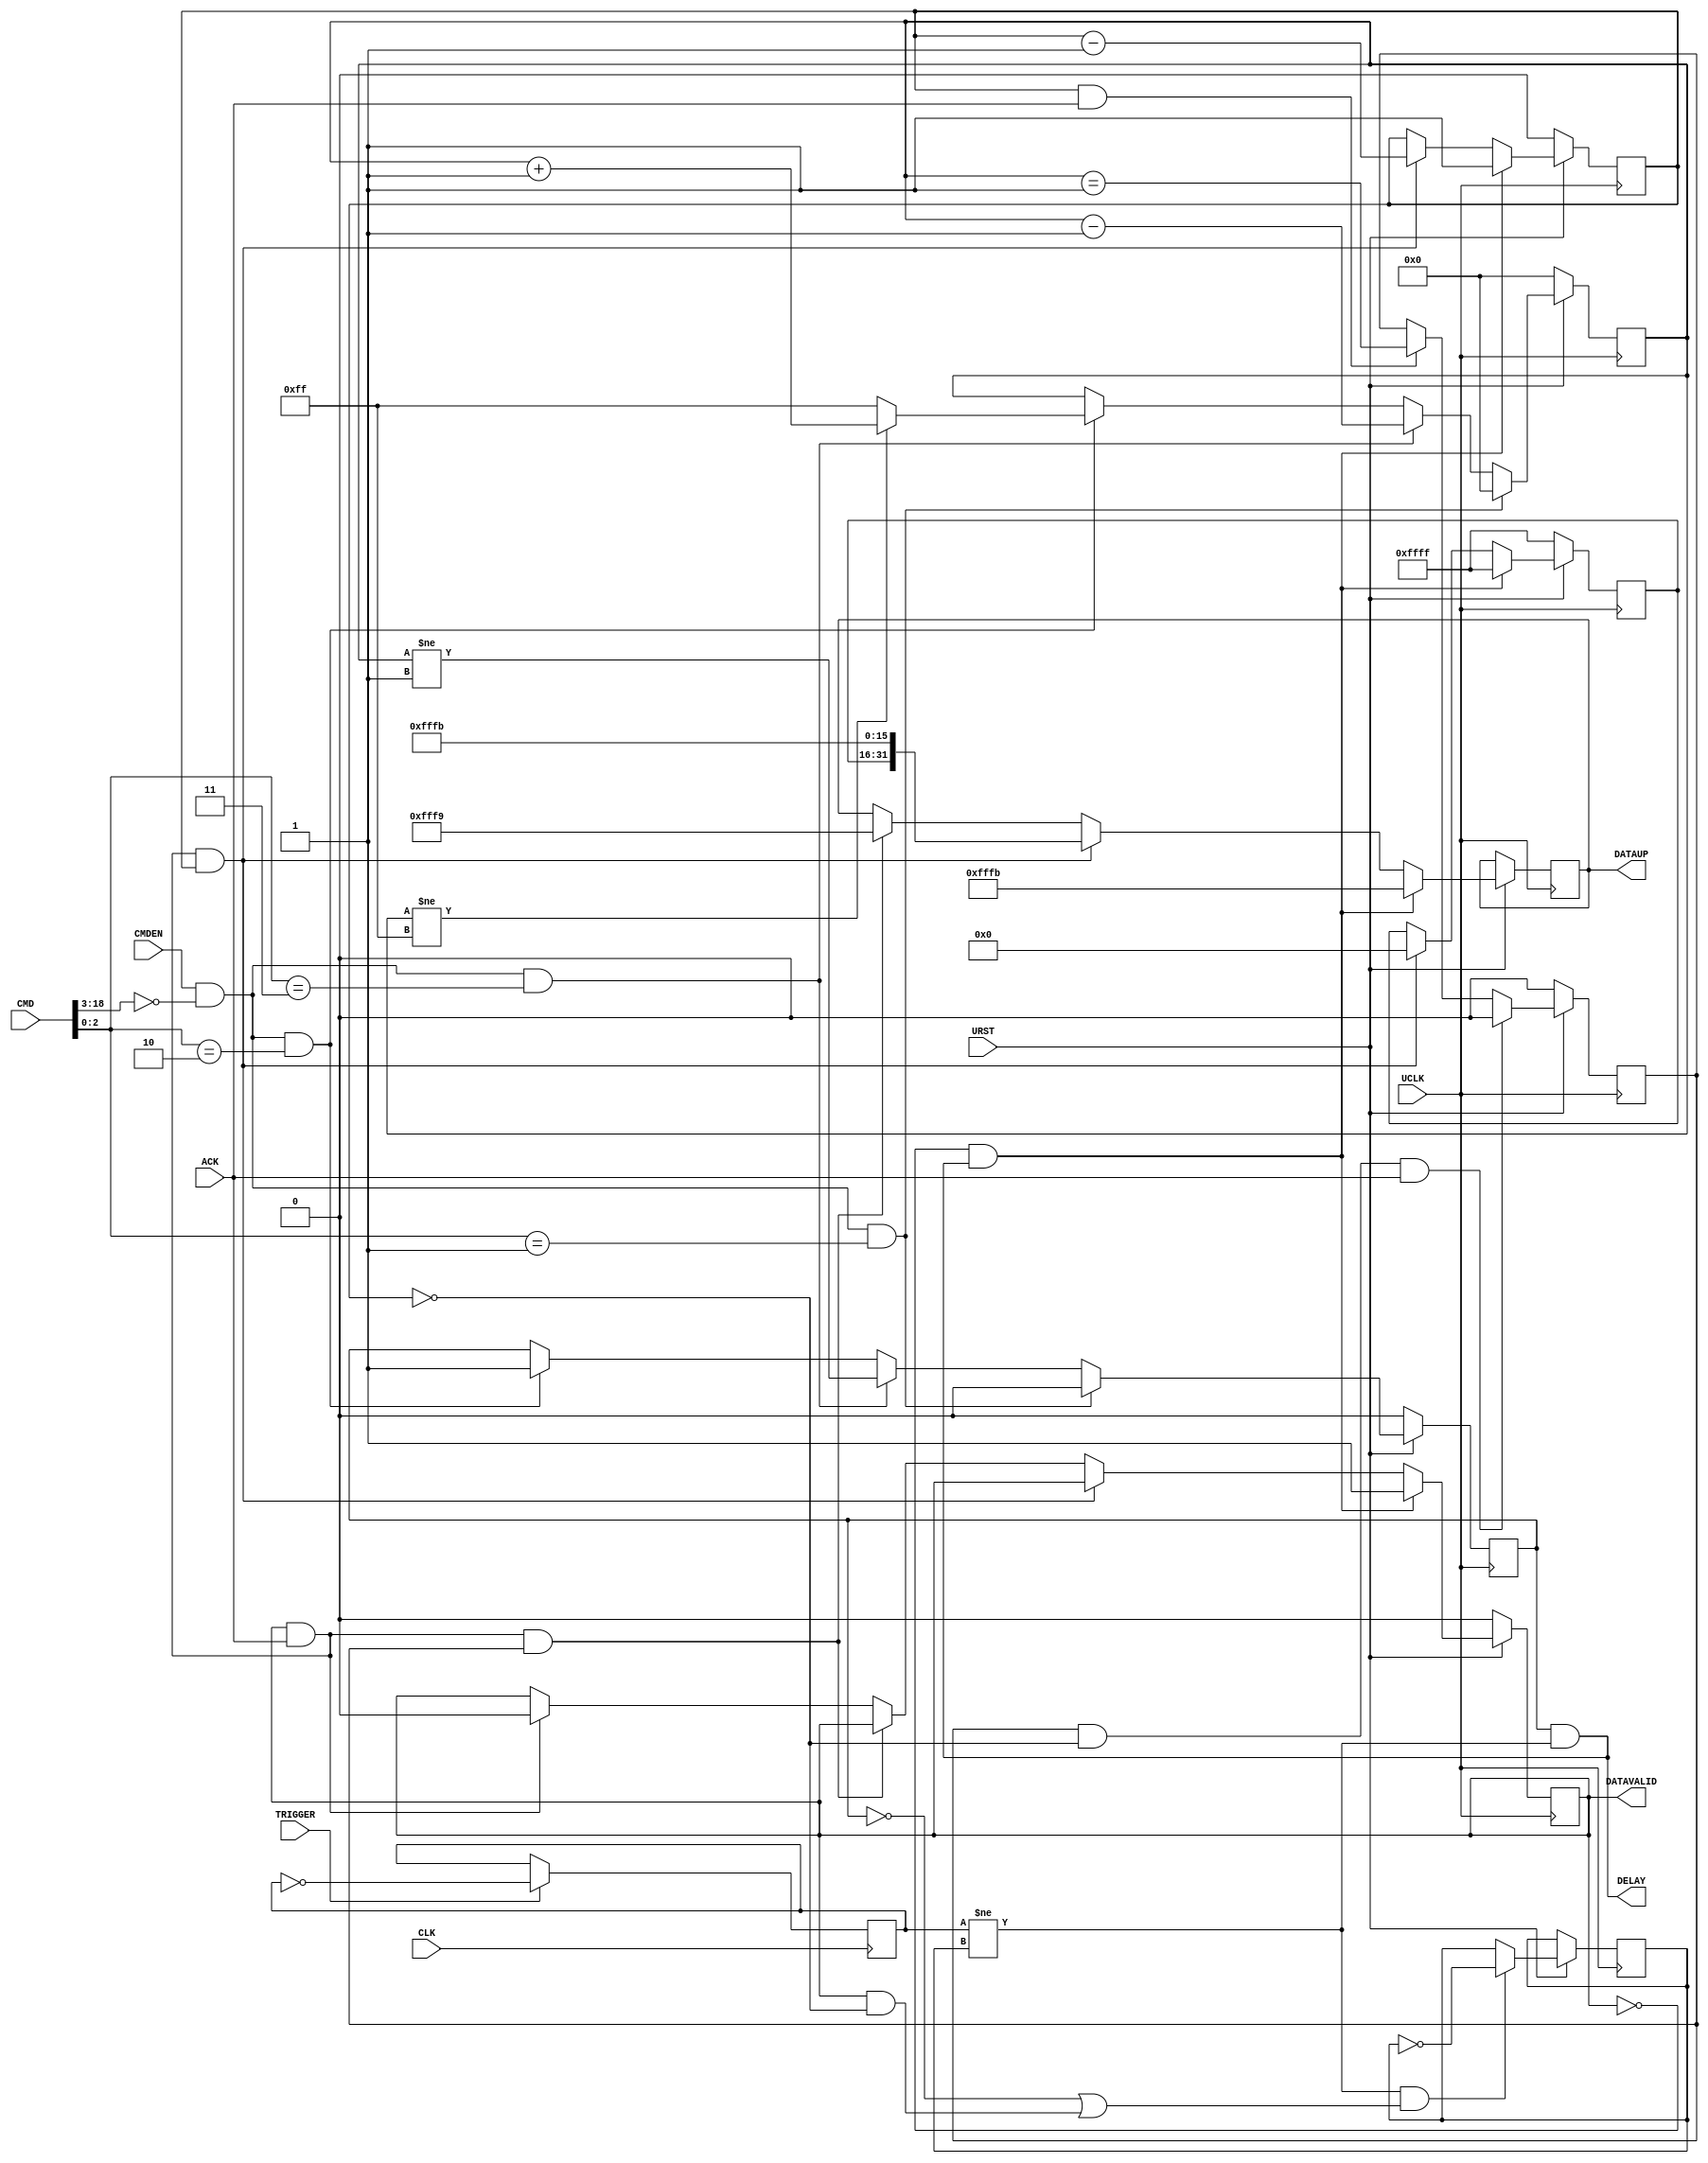

// Copyright (c) 2000-2012 Bluespec, Inc.

// Permission is hereby granted, free of charge, to any person obtaining a copy
// of this software and associated documentation files (the "Software"), to deal
// in the Software without restriction, including without limitation the rights
// to use, copy, modify, merge, publish, distribute, sublicense, and/or sell
// copies of the Software, and to permit persons to whom the Software is
// furnished to do so, subject to the following conditions:

// The above copyright notice and this permission notice shall be included in
// all copies or substantial portions of the Software.

// THE SOFTWARE IS PROVIDED "AS IS", WITHOUT WARRANTY OF ANY KIND, EXPRESS OR
// IMPLIED, INCLUDING BUT NOT LIMITED TO THE WARRANTIES OF MERCHANTABILITY,
// FITNESS FOR A PARTICULAR PURPOSE AND NONINFRINGEMENT. IN NO EVENT SHALL THE
// AUTHORS OR COPYRIGHT HOLDERS BE LIABLE FOR ANY CLAIM, DAMAGES OR OTHER
// LIABILITY, WHETHER IN AN ACTION OF CONTRACT, TORT OR OTHERWISE, ARISING FROM,
// OUT OF OR IN CONNECTION WITH THE SOFTWARE OR THE USE OR OTHER DEALINGS IN
// THE SOFTWARE.
//
// $Revision: 29441 $
// $Date: 2012-08-27 21:58:03 +0000 (Mon, 27 Aug 2012) $

`ifdef BSV_ASSIGNMENT_DELAY
`else
  `define BSV_ASSIGNMENT_DELAY
`endif

`ifdef BSV_POSITIVE_RESET
  `define BSV_RESET_VALUE 1'b1
  `define BSV_RESET_EDGE posedge
`else
  `define BSV_RESET_VALUE 1'b0
  `define BSV_RESET_EDGE negedge
`endif


//
// REPLICATED CODE WARNING
// If these encodings change, the following files must be kept in sync:
//
// SceMiSerialProbe.bsv
//
// Verilog Probes (ProbeTrigger.v, ProbeCapture.v etc.)
//
// C++ Transactor code (src/lib/SceMi/bsvxactors/SerialProbeXactor.cxx)
//

`define PDISABLED   3'd1
`define PENABLED    3'd2
`define PTRIGGERED  3'd3
`define PADDING    13'h1FFF

module ProbeTrigger (
                     UCLK,
                     URST,
                     // Down link
                     CMDEN,
                     CMD,
                     // Up link
                     DELAY,
                     DATAUP,
                     DATAVALID,
                     ACK,
                     //
                     CLK,
                     // Trigger Data
                     TRIGGER
                 );

   parameter TriggerId = 0;
   parameter NumWords = 1;
   parameter CaptureIds = { NumWords { 16'hFFFF } };
   parameter CWidth  = 1 ;      // 1 + log2 (NumWords)

   input UCLK;
   input URST;
   input CLK;

   input TRIGGER;

   output [31:0] DATAUP;
   output        DELAY;
   output        DATAVALID;
   input         ACK;

   input         CMDEN;
   input [18:0]  CMD;

   // Output declarations
   reg [31:0]    DATAUP;        // on UCLK
   wire          DELAY;
   wire          DATAVALID;

   wire [15:0] 	probenum = CMD [18:3];
   wire [2:0]   cmd      = CMD  [2:0];

   // On local clock
   reg                  triggerToggle; // not reset

   // on UCLK/reset
   reg [7:0]            enableCount;
   reg                  enabled;
   reg                  sendDisable;
   reg [CWidth-1:0]     wordCount;
   reg [16*NumWords-1:0] reportIds;

   reg                  sending;
   reg                  sentToggle; // not reset

   wire triggered   = triggerToggle != sentToggle;
   wire sendTrigger = enabled && triggered ;
   wire myCommand   = CMDEN && (probenum == TriggerId[15:0]);
   wire wordCountZero = wordCount == {CWidth {1'b0}};

   assign DELAY   = enabled && triggered;
   assign DATAVALID = sending;

   always @(posedge UCLK) begin
      if (URST != !`BSV_RESET_VALUE) begin
         enabled     <= `BSV_ASSIGNMENT_DELAY 1'b0;
         enableCount <= `BSV_ASSIGNMENT_DELAY 8'b0;
         sending     <= `BSV_ASSIGNMENT_DELAY 1'b0;
         sendDisable <= `BSV_ASSIGNMENT_DELAY 1'b0;
         wordCount   <= `BSV_ASSIGNMENT_DELAY { CWidth {1'b0}};
         reportIds   <= `BSV_ASSIGNMENT_DELAY CaptureIds;
      end
      else begin
         if (!sending && sendTrigger) begin
            DATAUP      <= `BSV_ASSIGNMENT_DELAY {TriggerId[15:0], `PADDING, `PTRIGGERED};
            sending     <= `BSV_ASSIGNMENT_DELAY 1'b1;
            wordCount   <= `BSV_ASSIGNMENT_DELAY NumWords [CWidth-1:0] ;
            reportIds   <= `BSV_ASSIGNMENT_DELAY CaptureIds;
         end
         else if (sending && ACK && !wordCountZero) begin
            DATAUP     <= `BSV_ASSIGNMENT_DELAY {reportIds[15:0], `PADDING, `PTRIGGERED};
            wordCount  <= `BSV_ASSIGNMENT_DELAY wordCount - 1'b1;
            reportIds  <= `BSV_ASSIGNMENT_DELAY reportIds >> 16;
         end
         else if (sending && ACK && sendDisable) begin
            DATAUP <= `BSV_ASSIGNMENT_DELAY {TriggerId[15:0], `PADDING, `PDISABLED};
         end
         else if (sending && ACK) begin
            sending <= `BSV_ASSIGNMENT_DELAY 1'b0;
         end

         // sendDisable  flop
         if (sendDisable && wordCountZero && ACK) begin
            sendDisable <= 1'b0;
         end
         else if(!wordCountZero && ACK) begin
            sendDisable <= `BSV_ASSIGNMENT_DELAY (enableCount == 8'b1);
         end

         // clear the toggle after sending all works
         if (triggered && (!enabled || (sending && wordCountZero) )) begin
            sentToggle <= `BSV_ASSIGNMENT_DELAY ! sentToggle;
         end

         // Process commands
         if (myCommand && cmd == `PDISABLED) begin
            enableCount <= `BSV_ASSIGNMENT_DELAY 8'b0;
            enabled     <= `BSV_ASSIGNMENT_DELAY 1'b0;
         end
         else if (myCommand && cmd == `PTRIGGERED) begin
            enableCount <= `BSV_ASSIGNMENT_DELAY enableCount - 8'd1;
            enabled     <= `BSV_ASSIGNMENT_DELAY enableCount != 8'd1;
         end
         else if (myCommand && cmd == `PENABLED) begin
            enableCount <= `BSV_ASSIGNMENT_DELAY (enableCount != 8'hff) ? enableCount + 8'd1 : 8'hff ;
            enabled     <= `BSV_ASSIGNMENT_DELAY 1'b1;
         end
      end
   end

   // Local clock == uclock and lclock are edge aligned.
   always @(posedge CLK) begin
      if (TRIGGER) begin
         triggerToggle <= `BSV_ASSIGNMENT_DELAY ! triggerToggle;
      end
      // synopsys translate_off
      if (enabled && triggered && TRIGGER) begin
         $display ("Error: %m ProbeTrigger has been double triggered!");
      end
      // synopsys translate_on
   end

`ifdef BSV_NO_INITIAL_BLOCKS
`else // not BSV_NO_INITIAL_BLOCKS
   // synopsys translate_off
   initial begin
      DATAUP         <= { 16 {2'b10}};
      triggerToggle  <= 1'b0;
      sentToggle     <= 1'b0;
      enableCount    <= {4 {2'b01}};
      sending        <= 1'b0;
      sendDisable    <= 1'b0;
      enabled        <= 1'b0;
      reportIds      <= {NumWords * 8 {2'b10}} ;
   end
   // synopsys translate_on
`endif

endmodule